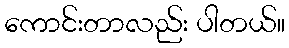
ကောင်းတာလည်း ပါတယ်။